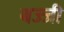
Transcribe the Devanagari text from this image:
बज्जी